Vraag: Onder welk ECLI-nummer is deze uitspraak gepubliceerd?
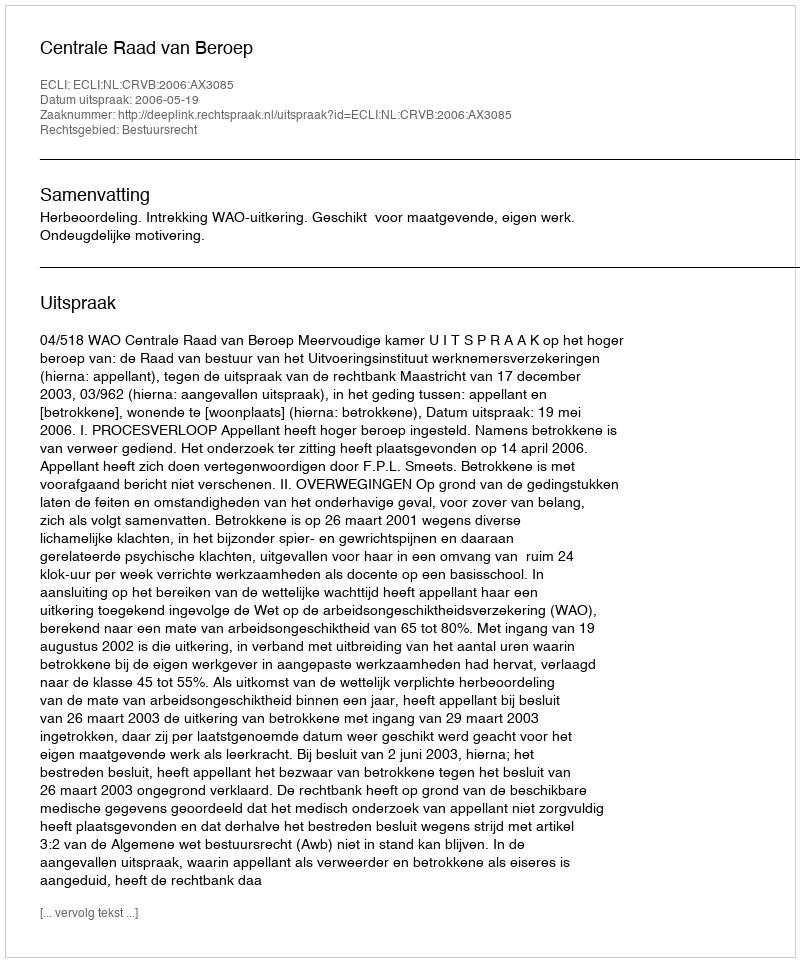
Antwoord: ECLI:NL:CRVB:2006:AX3085